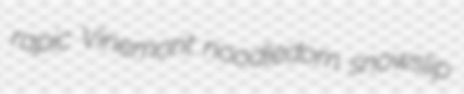
rapic Vinemont noodledom snowslip